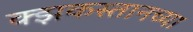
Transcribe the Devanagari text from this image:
क्झकस्तानच्या